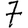
Digit: 7